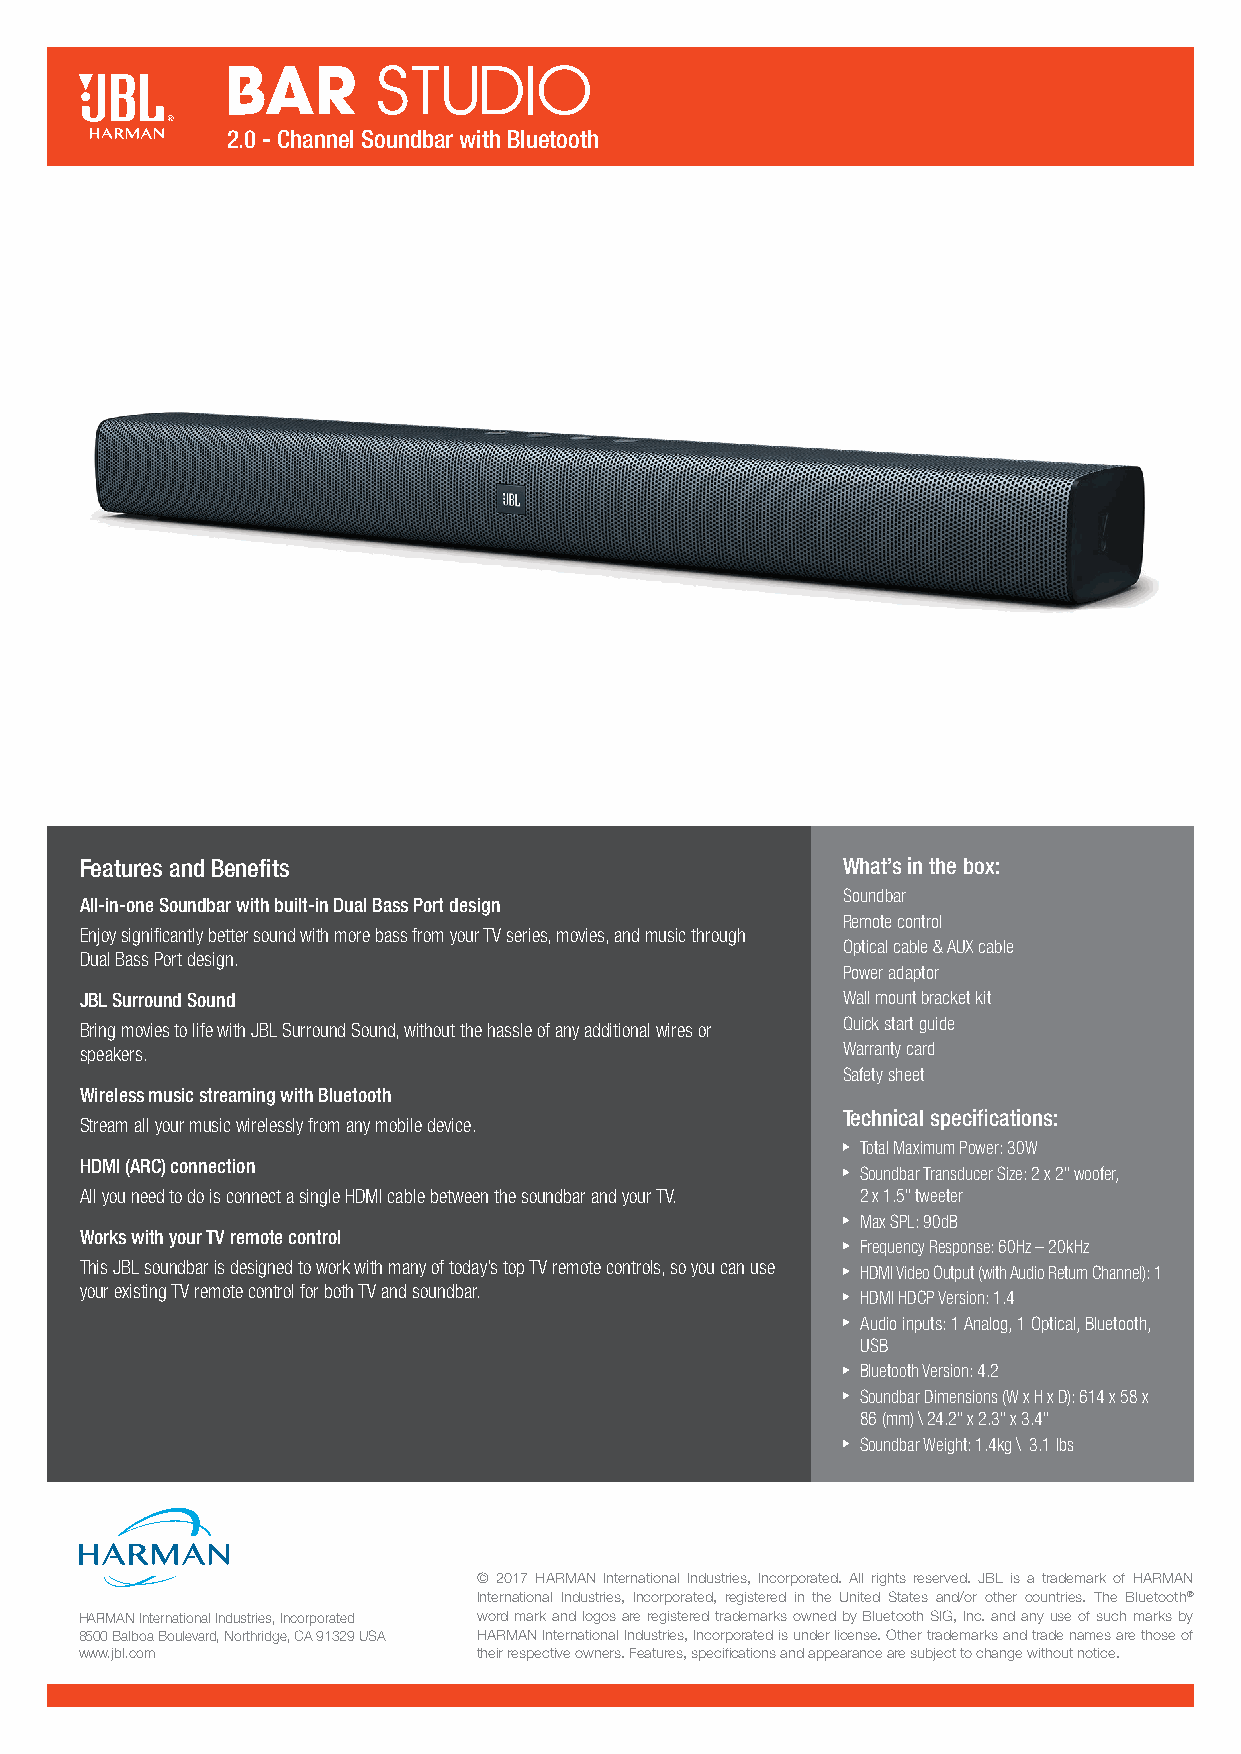
2.0 - Channel Soundbar with Bluetooth
 Features and Benefits                              What’s in the box:
 Soundbar
 All-in-one Soundbar with built-in Dual Bass Port design
 Remote control
 Enjoy significantly better sound with more bass from your TV series, movies, and music through
 Optical cable & AUX cable
 Dual Bass Port design.
 Power adaptor
 JBL Surround Sound                                 Wall mount bracket kit
 Quick start guide
 Bring movies to life with JBL Surround Sound, without the hassle of any additional wires or
 speakers.                                          Warranty card
 Safety sheet
 Wireless music streaming with Bluetooth
 Technical specifications:
 Stream all your music wirelessly from any mobile device.
 Total Maximum Power: 30W
 HDMI (ARC) connection
 Soundbar Transducer Size: 2 x 2" woofer,
 All you need to do is connect a single HDMI cable between the soundbar and your TV. 2 x 1.5" tweeter
 Max SPL: 90dB
 Works with your TV remote control
 Frequency Response: 60Hz – 20kHz
 This JBL soundbar is designed to work with many of today’s top TV remote controls, so you can use HDMI Video Output (with Audio Return Channel): 1
 your existing TV remote control for both TV and soundbar.
 HDMI HDCP Version: 1.4
 Audio inputs: 1 Analog, 1 Optical, Bluetooth,
 USB
 Bluetooth Version: 4.2
 Soundbar Dimensions (W x H x D): 614 x 58 x
 86 (mm) \ 24.2" x 2.3" x 3.4"
 Soundbar Weight: 1.4kg \ 3.1 lbs
 © 2017 HARMAN International Industries, Incorporated. All rights reserved. JBL is a trademark of HARMAN
 International Industries, Incorporated, registered in the United States and/or other countries. The Bluetooth®
 HARMAN International Industries, Incorporated word mark and logos are registered trademarks owned by Bluetooth SIG, Inc. and any use of such marks by
 8500 Balboa Boulevard, Northridge, CA 91329 USA HARMAN International Industries, Incorporated is under license. Other trademarks and trade names are those of
 www.jbl.com                their respective owners. Features, specifications and appearance are subject to change without notice.